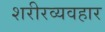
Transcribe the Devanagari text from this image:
शरीरव्यवहार